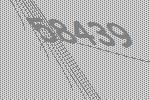
58439